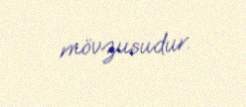
mövzusudur.